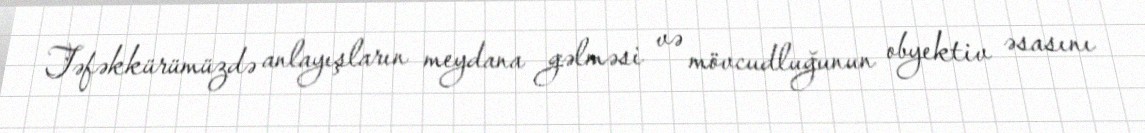
Təfəkkürümüzdə anlayışların meydana gəlməsi və mövcudluğunun obyektiv əsasını